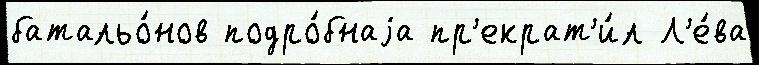
батальо́нов подро́бнаjа пр'екрат'и́л Л'е́ва